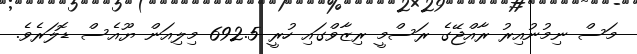
މަސް ނިމުނުއިރު ރާއްޖޭގެ ރަސްމީ ރިޒާވްގައި ހުރީ 692.5 މިލިއަން ޔޫއެސް ޑޮލަރެވެ.